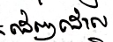
ដេញដោល